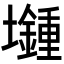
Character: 𡓯